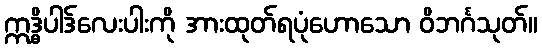
ဣဒ္ဓိပါဒ်လေးပါးကို အားထုတ်ရပုံဟောသော ဝိဘင်္ဂသုတ်။